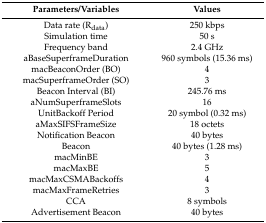
<table><thead><tr><td><b>Parameters/Variables</b></td><td><b>Values</b></td></tr></thead><tbody><tr><td>Data rate (R<sub>data</sub>)</td><td>250 kbps</td></tr><tr><td>Simulation time</td><td>50 s</td></tr><tr><td>Frequency band</td><td>2.4 GHz</td></tr><tr><td>aBaseSuperframeDuration</td><td>960 symbols (15.36 ms)</td></tr><tr><td>macBeaconOrder (BO)</td><td>4</td></tr><tr><td>macSuperframeOrder (SO)</td><td>3</td></tr><tr><td>Beacon Interval (BI)</td><td>245.76 ms</td></tr><tr><td>aNumSuperframeSlots</td><td>16</td></tr><tr><td>UnitBackoff Period</td><td>20 symbol (0.32 ms)</td></tr><tr><td>aMaxSIFSFrameSize</td><td>18 octets</td></tr><tr><td>Notification Beacon</td><td>40 bytes</td></tr><tr><td>Beacon</td><td>40 bytes (1.28 ms)</td></tr><tr><td>macMinBE</td><td>3</td></tr><tr><td>macMaxBE</td><td>5</td></tr><tr><td>macMaxCSMABackoffs</td><td>4</td></tr><tr><td>macMaxFrameRetries</td><td>3</td></tr><tr><td>CCA</td><td>8 symbols</td></tr><tr><td>Advertisement Beacon</td><td>40 bytes</td></tr></tbody></table>